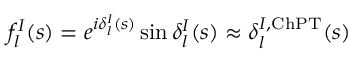
f _ { l } ^ { I } ( s ) = e ^ { i \delta _ { l } ^ { I } ( s ) } \sin \delta _ { l } ^ { I } ( s ) \approx \delta _ { l } ^ { I , \mathrm { C h P T } } ( s )